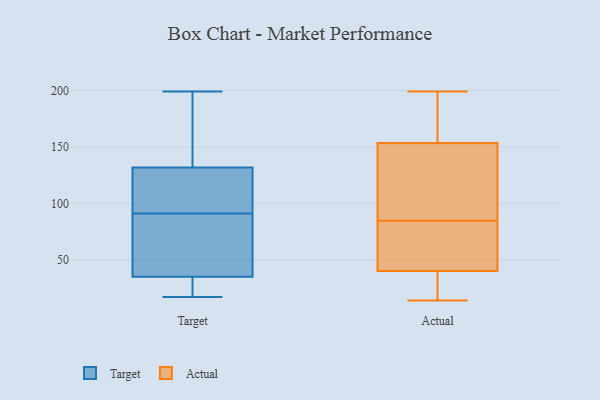
{"axis": {"x": "Bounce Rate (%)", "y": "Value"}, "legend": ["Actual", "Target"], "data": [{"x": "", "y": 35, "type": "Target"}, {"x": "", "y": 170, "type": "Target"}, {"x": "", "y": 35, "type": "Target"}, {"x": "", "y": 72, "type": "Target"}, {"x": "", "y": 23, "type": "Target"}, {"x": "", "y": 33, "type": "Target"}, {"x": "", "y": 105, "type": "Target"}, {"x": "", "y": 19, "type": "Target"}, {"x": "", "y": 172, "type": "Target"}, {"x": "", "y": 17, "type": "Target"}, {"x": "", "y": 79, "type": "Target"}, {"x": "", "y": 110, "type": "Target"}, {"x": "", "y": 139, "type": "Target"}, {"x": "", "y": 91, "type": "Target"}, {"x": "", "y": 99, "type": "Target"}, {"x": "", "y": 199, "type": "Target"}, {"x": "", "y": 98, "type": "Target"}, {"x": "", "y": 67, "type": "Target"}, {"x": "", "y": 144, "type": "Target"}, {"x": "", "y": 80, "type": "Actual"}, {"x": "", "y": 157, "type": "Actual"}, {"x": "", "y": 89, "type": "Actual"}, {"x": "", "y": 139, "type": "Actual"}, {"x": "", "y": 166, "type": "Actual"}, {"x": "", "y": 45, "type": "Actual"}, {"x": "", "y": 120, "type": "Actual"}, {"x": "", "y": 164, "type": "Actual"}, {"x": "", "y": 35, "type": "Actual"}, {"x": "", "y": 18, "type": "Actual"}, {"x": "", "y": 163, "type": "Actual"}, {"x": "", "y": 14, "type": "Actual"}, {"x": "", "y": 150, "type": "Actual"}, {"x": "", "y": 199, "type": "Actual"}, {"x": "", "y": 27, "type": "Actual"}, {"x": "", "y": 80, "type": "Actual"}, {"x": "", "y": 113, "type": "Actual"}, {"x": "", "y": 53, "type": "Actual"}, {"x": "", "y": 17, "type": "Actual"}, {"x": "", "y": 67, "type": "Actual"}]}